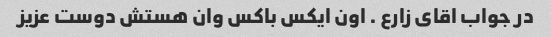
در جواب اقای زارع . اون ایکس باکس وان هستش دوست عزیز